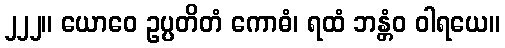
၂၂၂။ ယောဝေ ဥပ္ပတိတံ ကောဓံ၊ ရထံ ဘန္တံဝ ဝါရယေ။